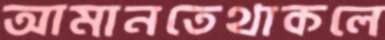
আমানতেথাকলে